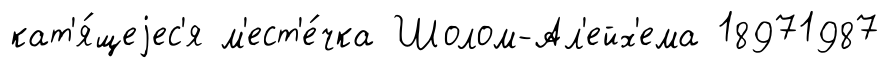
кат'я́щеjес'я м'ест'е́чка Шолом-Ал'ейх'ема 18971987